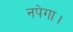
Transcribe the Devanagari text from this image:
नपेगा।